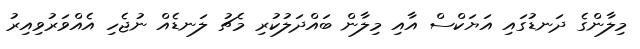
މިލާންގެ ދަނޑުގައި އަޔަކްސް އާއި މިލާން ބައްދަލުކުރި މެޗު ލަނޑެއް ނުޖެހި އެއްވަރުވިއިރު